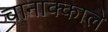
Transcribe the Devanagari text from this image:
चानाक्काले